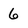
Character: 6